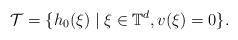
LaTeX: \begin{align*}\mathcal{T}=\{ h_0(\xi) \mid \xi\in\mathbb{T}^d, v(\xi)=0 \} .\end{align*}